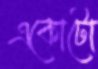
একোটো